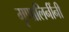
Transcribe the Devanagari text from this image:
मृणालिनींनी